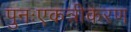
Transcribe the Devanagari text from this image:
पुनःएकत्रीकरण